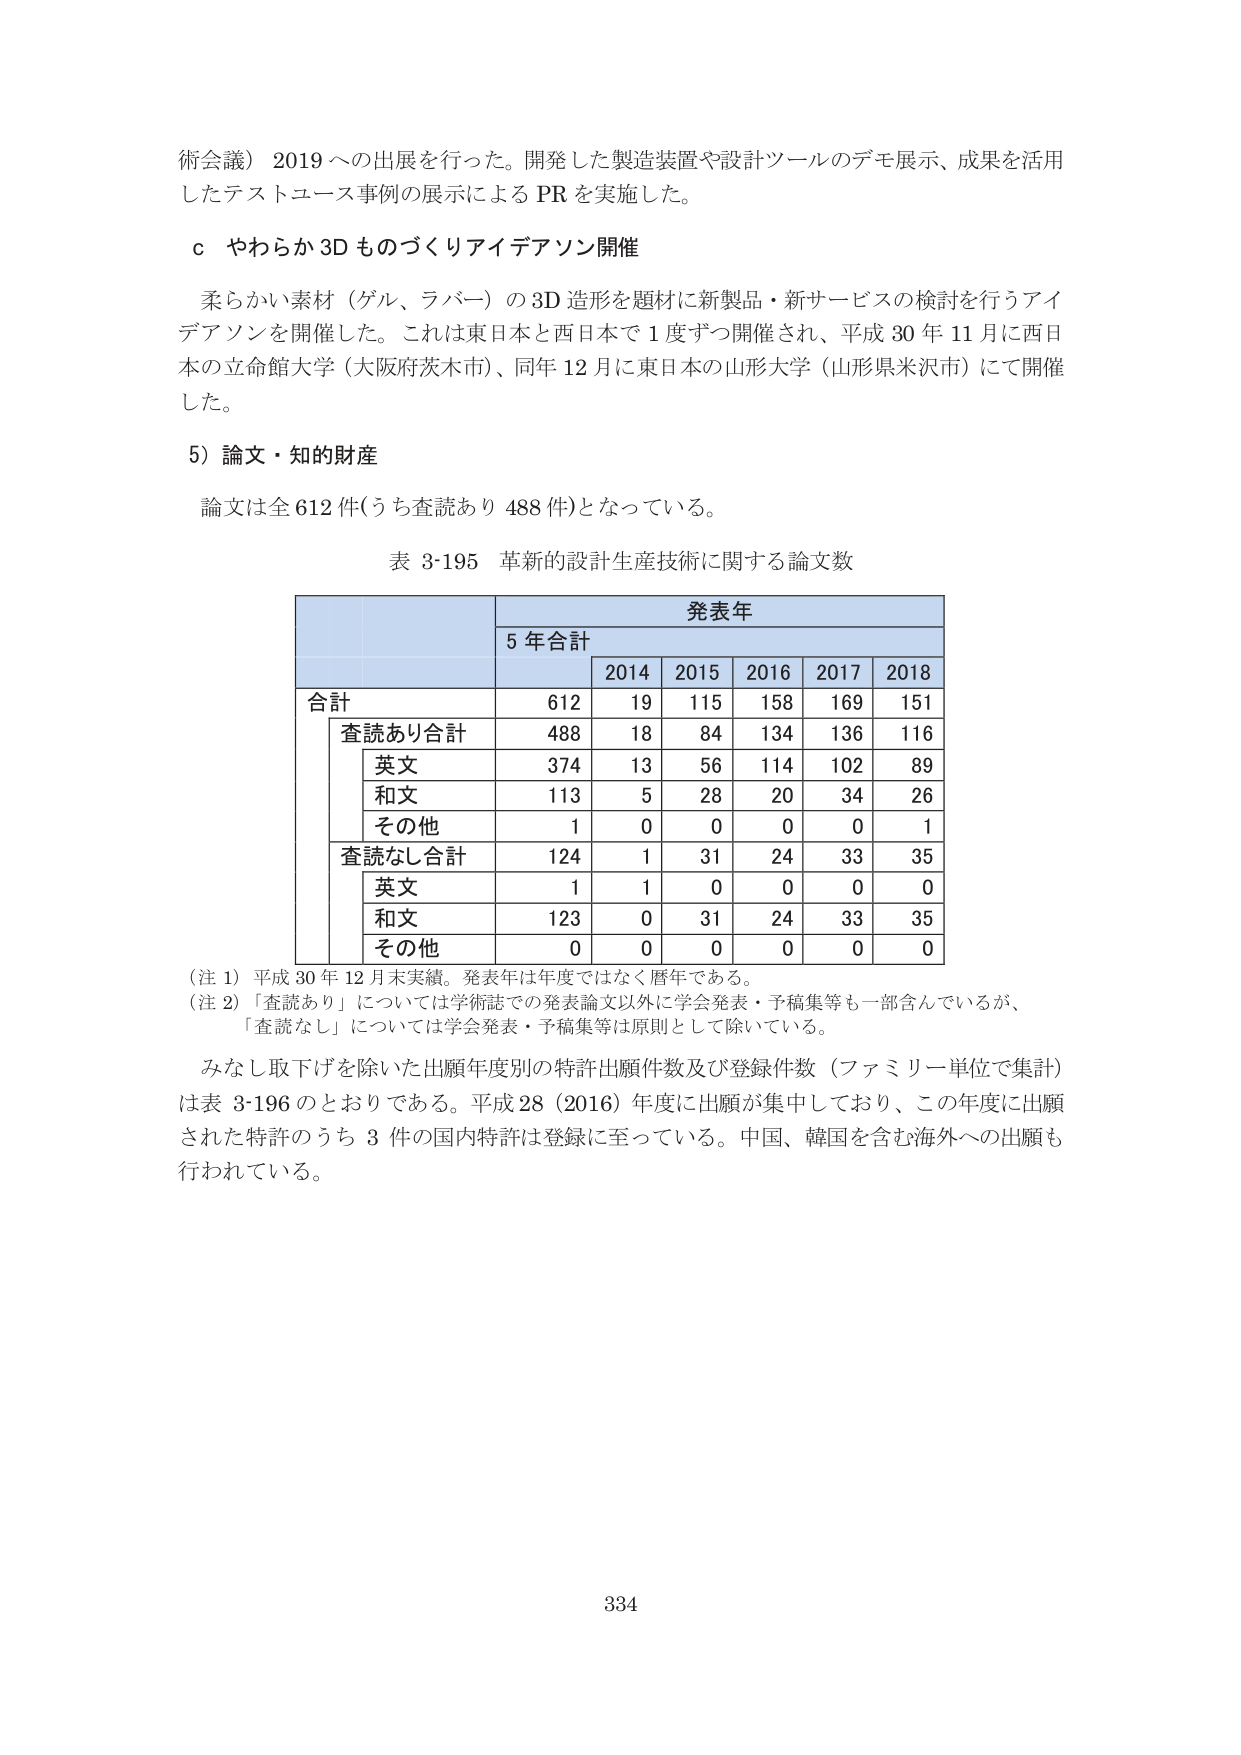
術会議）2019への出展を行った。開発した製造装置や設計ツールのデモ展示、成果を活用したテストユース事例の展示によるPRを実施した。

ｃ やわらか3Dものづくりアイデアソン開催

柔らかい素材（ゲル、ラバー）の3D造形を題材に新製品・新サービスの検討を行うアイデアソンを開催した。これは東日本と西日本で1度ずつ開催され、平成30年11月に西日本の立命館大学（大阪府茨木市）、同年12月に東日本の山形大学（山形県米沢市）にて開催した。

5）論文・知的財産

論文は全612件（うち査読あり488件）となっている。

表 3-195 革新的設計生産技術に関する論文数

発表年
5年合計
2014 2015 2016 2017 2018
合計 612 19 115 158 169 151
査読あり合計 488 18 84 134 136 116
　英文 374 13 56 114 102 89
　和文 113 5 28 20 34 26
　その他 1 0 0 0 0 1
査読なし合計 124 1 31 24 33 35
　英文 1 1 0 0 0 0
　和文 123 0 31 24 33 35
　その他 0 0 0 0 0 0

（注1）平成30年12月末実績。発表年は年度ではなく暦年である。
（注2）「査読あり」については学術誌での発表論文以外に学会発表・予稿集等も一部含んでいるが、「査読なし」については学会発表・予稿集等は原則として除いている。

みなし取下げを除いた出願年度別の特許出願件数及び登録件数（ファミリー単位で集計）は表3-196のとおりである。平成28（2016）年度に出願が集中しており、この年度に出願された特許のうち3件の国内特許は登録に至っている。中国、韓国を含む海外への出願も行われている。

334